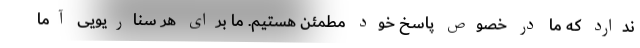
ندارد که ما در خصوص پاسخ خود مطمئن هستیم. ما برای هر سناریویی آما